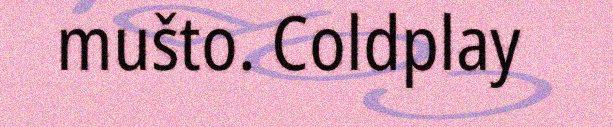
mušto. Coldplay